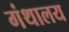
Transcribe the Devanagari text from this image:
गंथालय